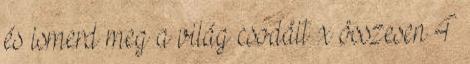
és ismerd meg a világ csodáit x összesen 4